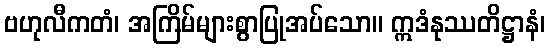
ဗဟုလီကတံ၊ အကြိမ်များစွာပြုအပ်သော။ ဣဒံနုဿတိဋ္ဌာနံ၊